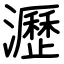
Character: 瀝